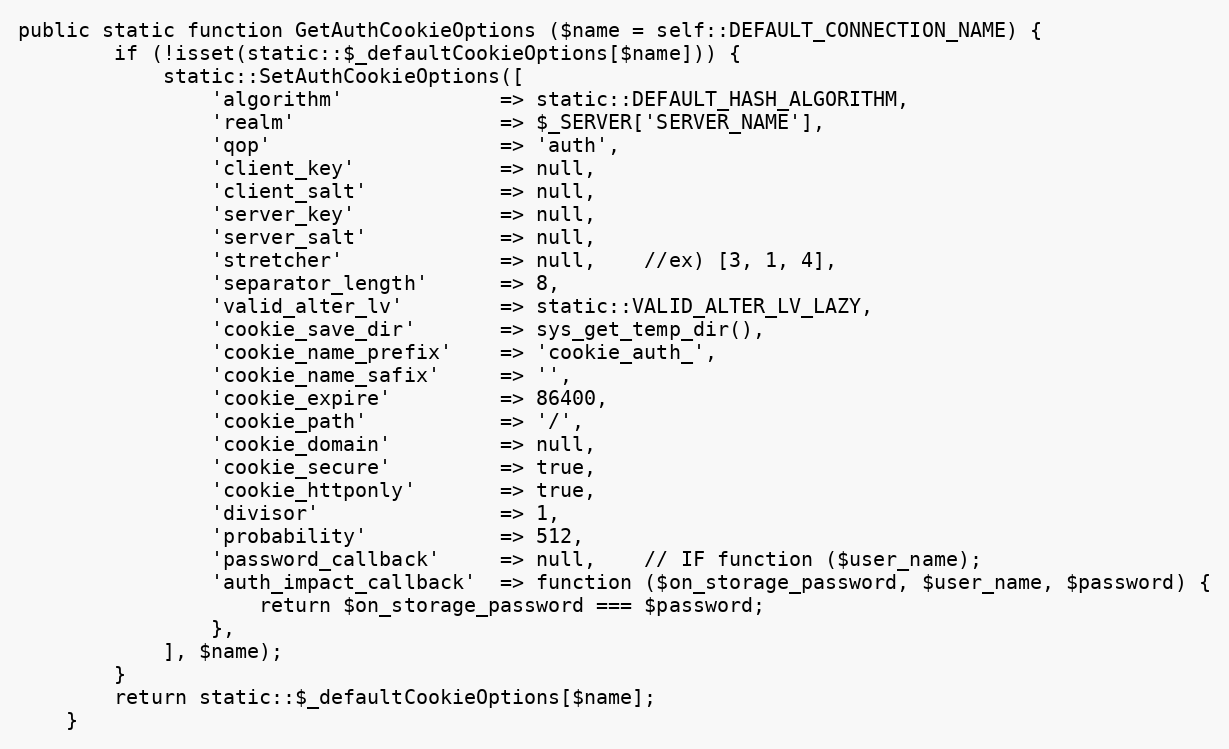
Language: PHP
public static function GetAuthCookieOptions ($name = self::DEFAULT_CONNECTION_NAME) {
		if (!isset(static::$_defaultCookieOptions[$name])) {
			static::SetAuthCookieOptions([
				'algorithm'				=> static::DEFAULT_HASH_ALGORITHM,
				'realm'					=> $_SERVER['SERVER_NAME'],
				'qop'					=> 'auth',
				'client_key'			=> null,
				'client_salt'			=> null,
				'server_key'			=> null,
				'server_salt'			=> null,
				'stretcher'				=> null,	//ex) [3, 1, 4],
				'separator_length'		=> 8,
				'valid_alter_lv'		=> static::VALID_ALTER_LV_LAZY,
				'cookie_save_dir'		=> sys_get_temp_dir(),
				'cookie_name_prefix'	=> 'cookie_auth_',
				'cookie_name_safix'		=> '',
				'cookie_expire'			=> 86400,
				'cookie_path'			=> '/',
				'cookie_domain'			=> null,
				'cookie_secure'			=> true,
				'cookie_httponly'		=> true,
				'divisor'				=> 1,
				'probability'			=> 512,
				'password_callback'		=> null,	// IF function ($user_name);
				'auth_impact_callback'	=> function ($on_storage_password, $user_name, $password) {
					return $on_storage_password === $password;
				},
			], $name);
		}
		return static::$_defaultCookieOptions[$name];
	}